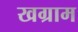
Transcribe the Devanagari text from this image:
खग्राम